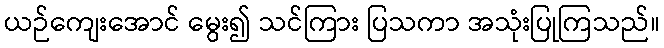
ယဉ်ကျေးအောင် မွေး၍ သင်ကြား ပြသကာ အသုံးပြုကြသည်။